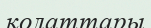
қолаттары